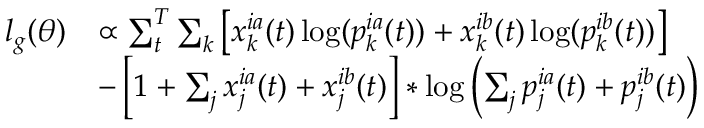
\begin{array} { r l } { l _ { g } ( \theta ) } & { \propto \sum _ { t } ^ { T } \sum _ { k } \left[ x _ { k } ^ { i a } ( t ) \log ( p _ { k } ^ { i a } ( t ) ) + x _ { k } ^ { i b } ( t ) \log ( p _ { k } ^ { i b } ( t ) ) \right] } \\ & { - \left[ 1 + \sum _ { j } x _ { j } ^ { i a } ( t ) + x _ { j } ^ { i b } ( t ) \right] * \log \left( \sum _ { j } p _ { j } ^ { i a } ( t ) + p _ { j } ^ { i b } ( t ) \right) } \end{array}